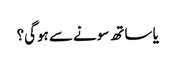
یا ساتھ سونے سے ہوگی؟